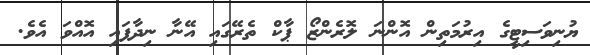
ޔުނިވަސިޓީގެ އިރުމަތިން އޮންނަ ލޮރެންޒޯ ޕާކް ތެރޭގައި އޭނާ ނިދާފައި އޮއްވަ އެވެ.